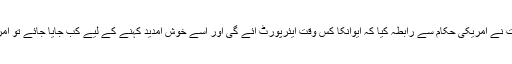
سیکریٹری انفارمیشن ٹیکنالوجی اینڈ کامرس نے واضح کیا کہ جب ریاستی حکومت نے امریکی حکام سے رابطہ کیا کہ ایوانکا کس وقت ایئرپورٹ آئے گی اور اسے خوش آمدید کہنے کے لیے کب جایا جائے تو امریکی عہدیداروں نے اس حوالے سے کوئی بھی واضح معلوما دینے سے گریز کیا۔